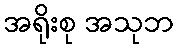
အရိုးစု အသုဘ